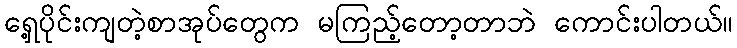
ရှေ့ပိုင်းကျတဲ့စာအုပ်တွေက မကြည့်တော့တာဘဲ ကောင်းပါတယ်။